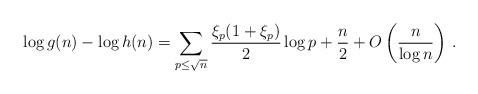
LaTeX: \begin{align*}\log g(n) - \log h(n) = \sum_{p\leq \sqrt{n}} {\frac{\xi_{p}(1+\xi_{p})}{2}} \log p + \frac{n}{2} + O\left(\frac{n}{\log n}\right)\,.\end{align*}